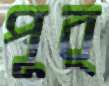
পূর্